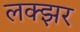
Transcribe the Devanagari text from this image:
लक्झर